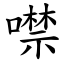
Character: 噤